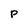
Character: P